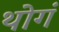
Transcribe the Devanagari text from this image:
थोगं